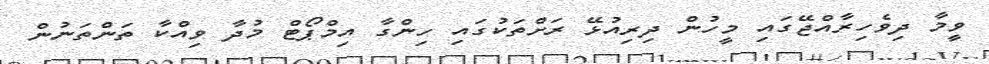
ވީމާ ދިވެހިރާއްޖޭގައި މީހުން ދިރިއުޅޭ ރަށްތަކުގައި ހިންގާ އިމްޕޯޓް މުދާ ވިއްކާ ތަންތަނުން